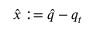
\hat { x } : = \hat { q } - q _ { t }